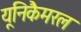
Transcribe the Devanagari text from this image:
यूनिकैमरल